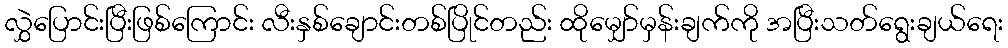
လွှဲပြောင်းပြီးဖြစ်ကြောင်း လီးနှစ်ချောင်းတစ်ပြိုင်တည်း ထိုမျှော်မှန်းချက်ကို အပြီးသတ်ရွေးချယ်ရေး